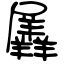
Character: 羼